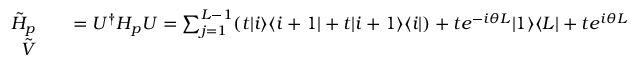
\begin{array} { r l r } { \Tilde { H } _ { p } } & { { } } & { = U ^ { \dagger } H _ { p } U = \sum _ { j = 1 } ^ { L - 1 } ( t | i \rangle \langle i + 1 | + t | i + 1 \rangle \langle i | ) + t e ^ { - i \theta L } | 1 \rangle \langle L | + t e ^ { i \theta L } | L \rangle \langle 1 | , } \\ { \Tilde { V } } & { { } } & { = V . } \end{array}